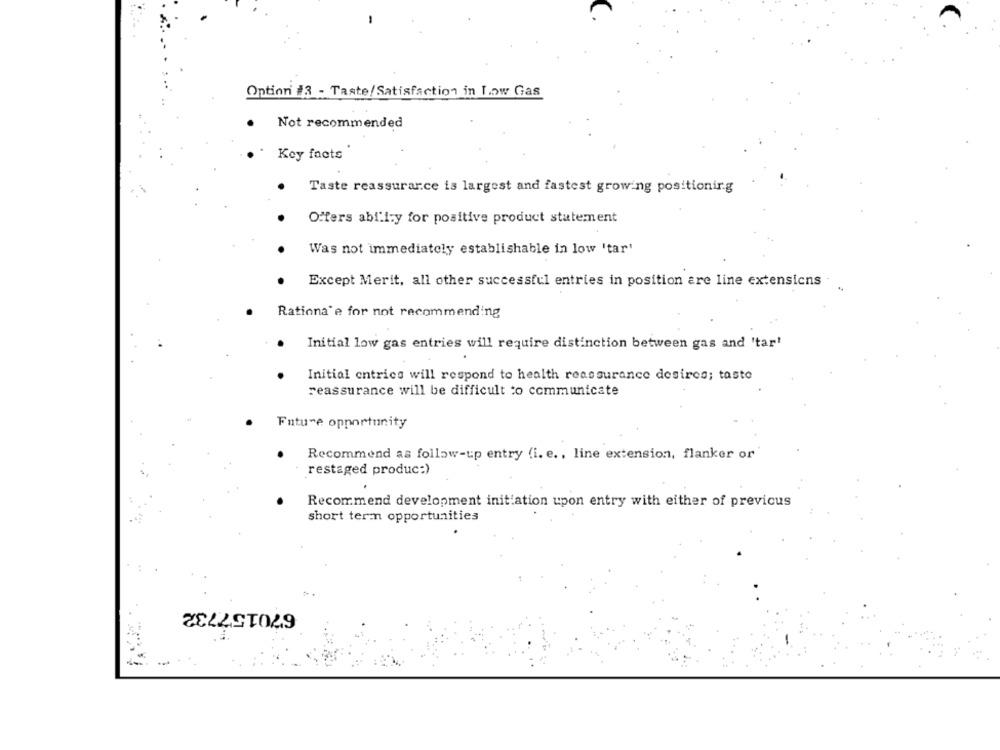
Option #3 - Taste/Satisfaction in Low Gas
.
Not recommended
Key facts
Taste reassurance is largest and fastest growing positioning
Offers ability for positive product statement
Was not immediately establishable in low 'tar'
Except Merit, all other successful entries in position are line extensions
Rationa'e for not recommending
Initial low gas entries will require distinction between gas and 'tar'
Initial entrics will respond to health reassurance desires; taste
reassurance will be difficult to communicate
Future opportunity
Recommend as follow-up entry (i. e ., line extension, flanker or
restaged produc:)
Recommend development initiation upon entry with either of previous
short term opportunities
670157732